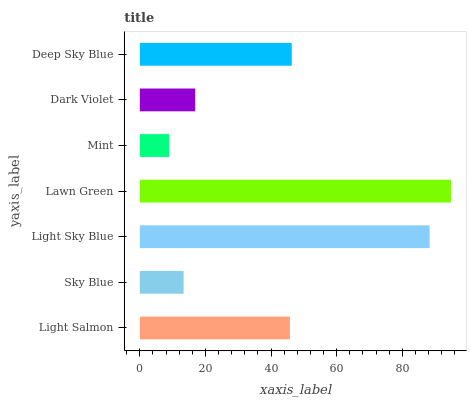
| yaxis_label | bars |
 | --- | --- |
 | Light Salmon | 45.8 |
 | Sky Blue | 13.3 |
 | Light Sky Blue | 88.3 |
 | Lawn Green | 94.8 |
 | Mint | 8.94 |
 | Dark Violet | 16.9 |
 | Deep Sky Blue | 46.3 |